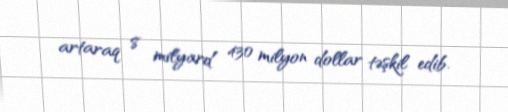
artaraq 8 milyard 430 milyon dollar təşkil edib.